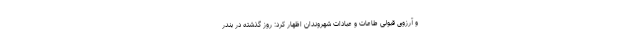
و آرزوی قبولی طاعات و عبادات شهروندان اظهار کرد: روز گذشته در بندر